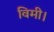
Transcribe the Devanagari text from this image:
विमी।